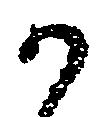
か